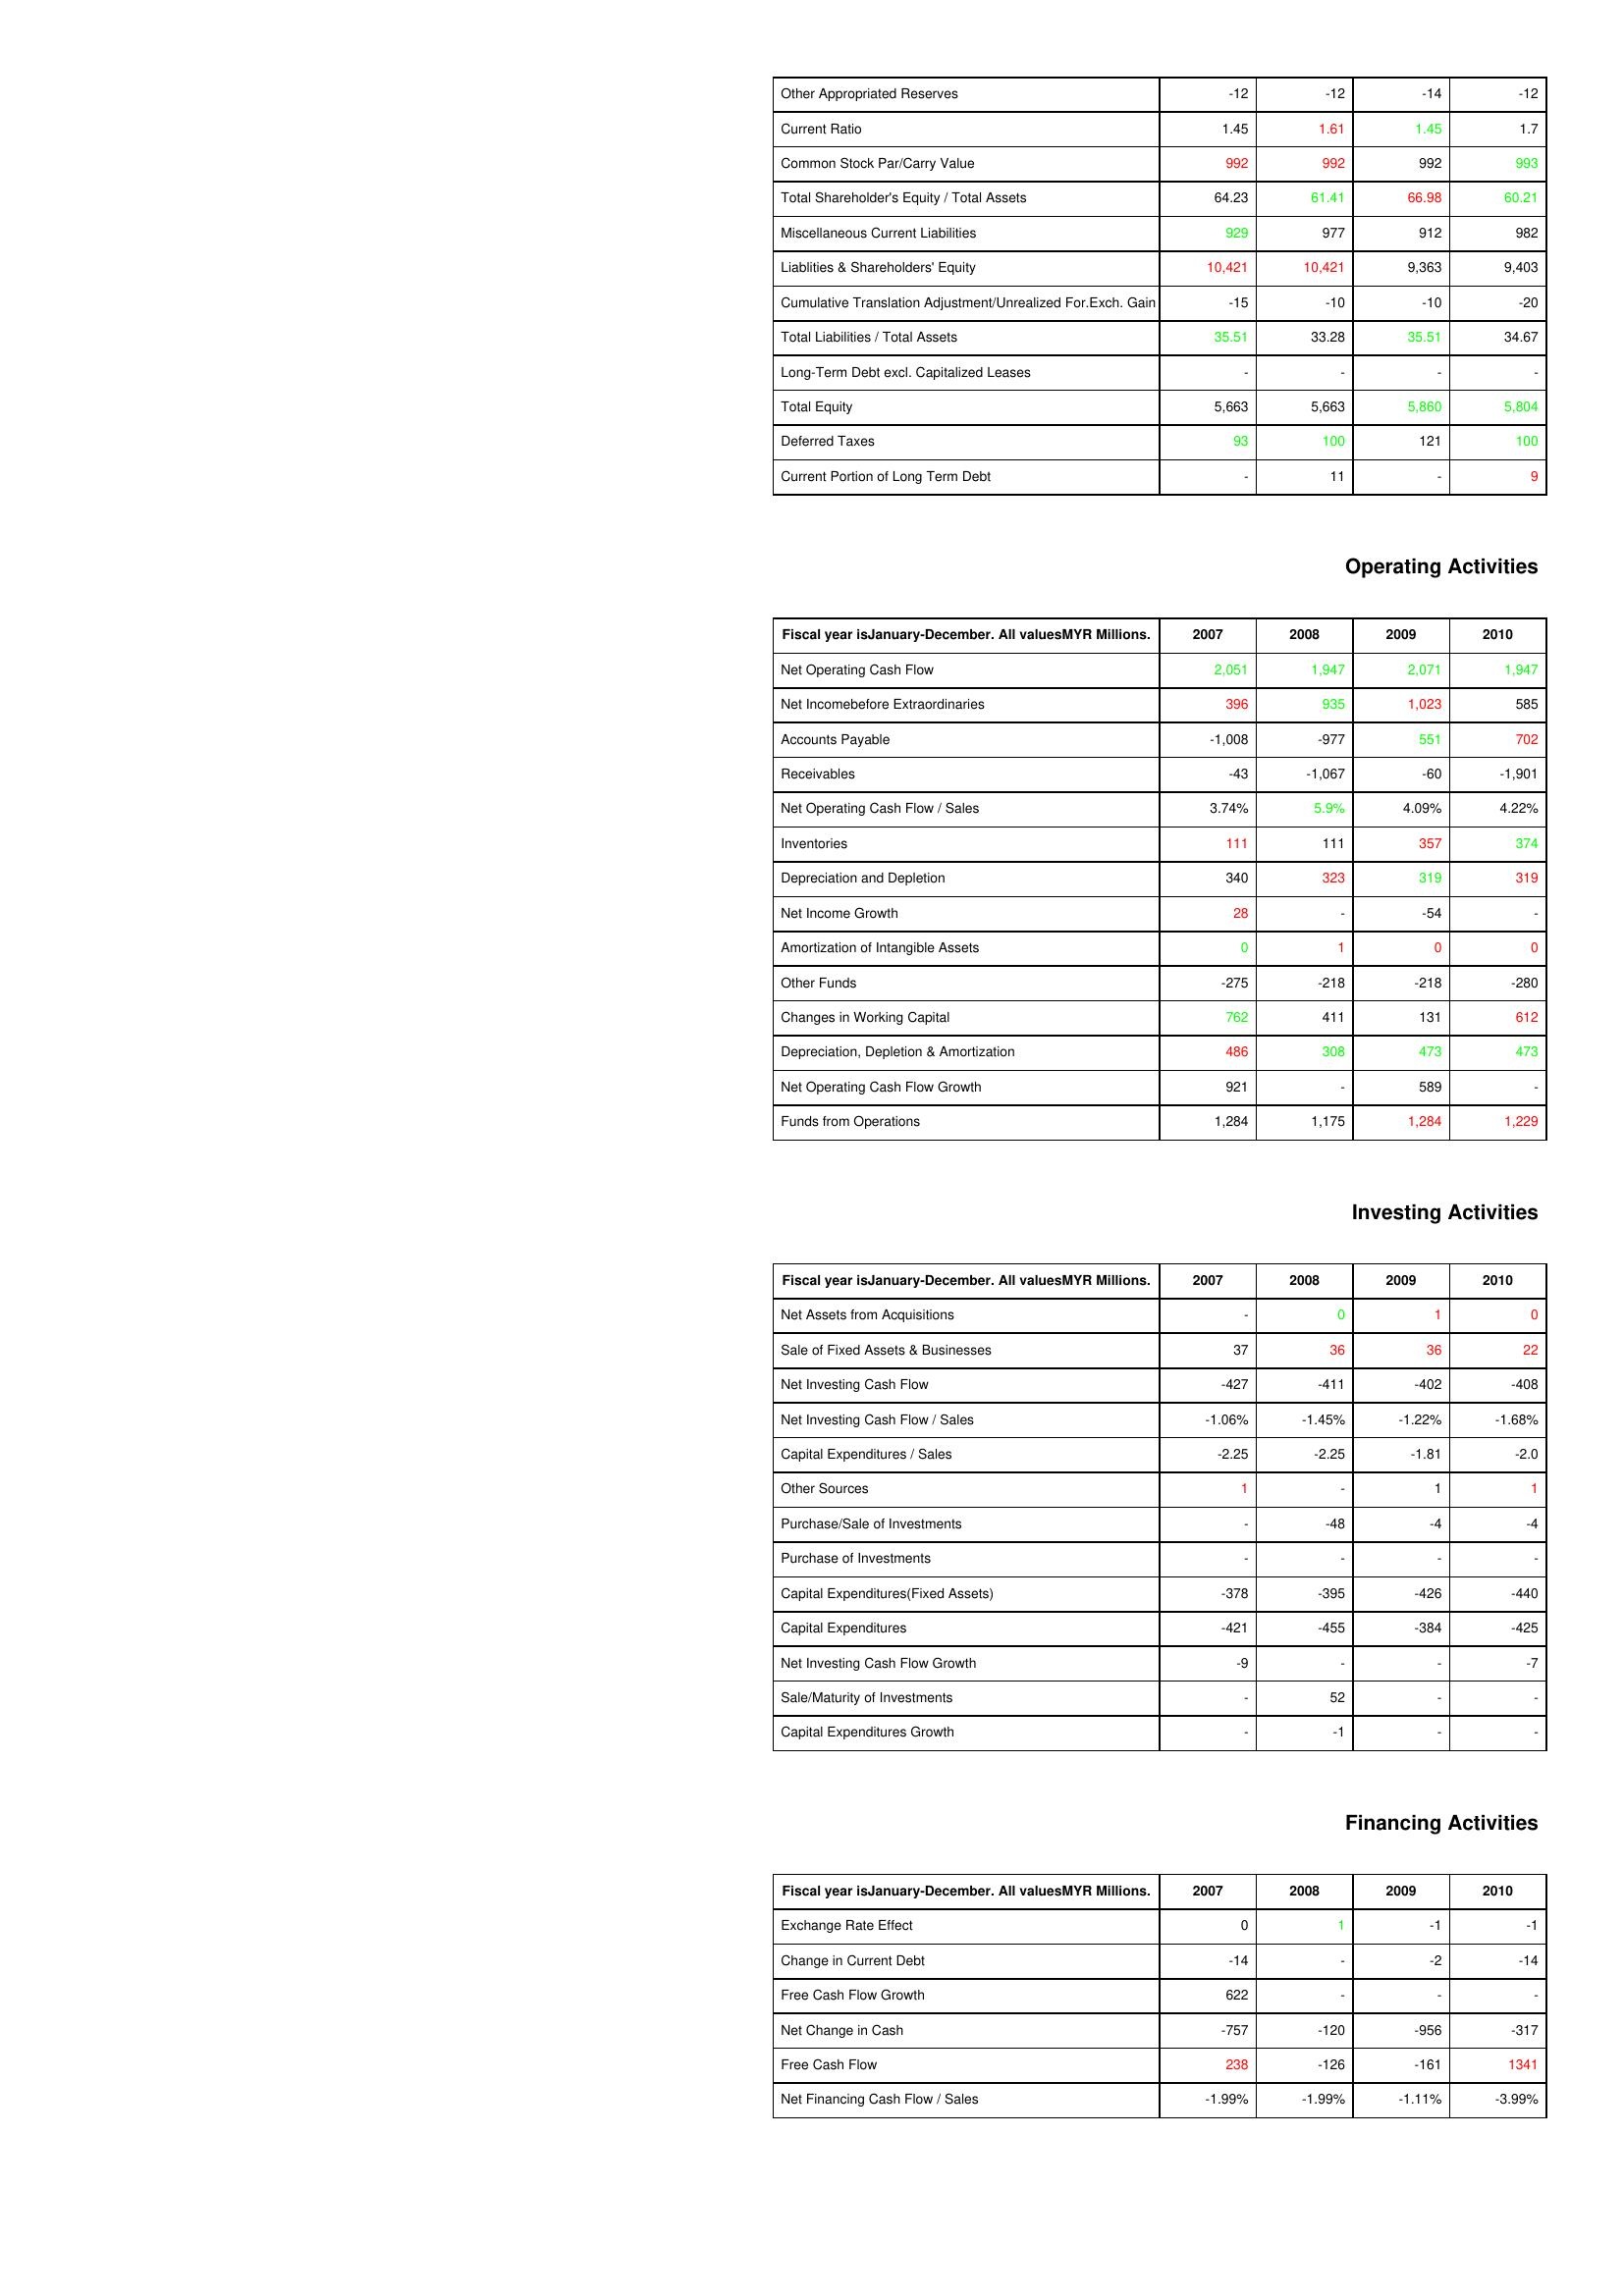
gt_parse: 2007: Liabilities & Shareholder's Equity: Other Appropriated Reserves: -12
Current Ratio: 1.45
Common Stock Par/Carry Value: 992
Total Shareholder's Equity / Total Assets: 64.23
Miscellaneous Current Liabilities: 929
Liablities & Shareholders' Equity: 10,421
Cumulative Translation Adjustment/Unrealized For.Exch. Gain: -15
Total Liabilities / Total Assets: 35.51
Long-Term Debt excl. Capitalized Leases: -
Total Equity: 5,663
Deferred Taxes: 93
Current Portion of Long Term Debt: -
Operating Activities: Net Operating Cash Flow: 2,051
Net Incomebefore Extraordinaries: 396
Accounts Payable: -1,008
Receivables: -43
Net Operating Cash Flow / Sales: 3.74%
Inventories: 111
Depreciation and Depletion: 340
Net Income Growth: 28
Amortization of Intangible Assets: 0
Other Funds: -275
Changes in Working Capital: 762
Depreciation, Depletion & Amortization: 486
Net Operating Cash Flow Growth: 921
Funds from Operations: 1,284
Investing Activities: Net Assets from Acquisitions: -
Sale of Fixed Assets & Businesses: 37
Net Investing Cash Flow: -427
Net Investing Cash Flow / Sales: -1.06%
Capital Expenditures / Sales: -2.25
Other Sources: 1
Purchase/Sale of Investments: -
Purchase of Investments: -
Capital Expenditures(Fixed Assets): -378
Capital Expenditures: -421
Net Investing Cash Flow Growth: -9
Sale/Maturity of Investments: -
Capital Expenditures Growth: -
Financing Activities: Exchange Rate Effect: 0
Change in Current Debt: -14
Free Cash Flow Growth: 622
Net Change in Cash: -757
Free Cash Flow: 238
Net Financing Cash Flow / Sales: -1.99%
2008: Liabilities & Shareholder's Equity: Other Appropriated Reserves: -12
Current Ratio: 1.61
Common Stock Par/Carry Value: 992
Total Shareholder's Equity / Total Assets: 61.41
Miscellaneous Current Liabilities: 977
Liablities & Shareholders' Equity: 10,421
Cumulative Translation Adjustment/Unrealized For.Exch. Gain: -10
Total Liabilities / Total Assets: 33.28
Long-Term Debt excl. Capitalized Leases: -
Total Equity: 5,663
Deferred Taxes: 100
Current Portion of Long Term Debt: 11
Operating Activities: Net Operating Cash Flow: 1,947
Net Incomebefore Extraordinaries: 935
Accounts Payable: -977
Receivables: -1,067
Net Operating Cash Flow / Sales: 5.9%
Inventories: 111
Depreciation and Depletion: 323
Net Income Growth: -
Amortization of Intangible Assets: 1
Other Funds: -218
Changes in Working Capital: 411
Depreciation, Depletion & Amortization: 308
Net Operating Cash Flow Growth: -
Funds from Operations: 1,175
Investing Activities: Net Assets from Acquisitions: 0
Sale of Fixed Assets & Businesses: 36
Net Investing Cash Flow: -411
Net Investing Cash Flow / Sales: -1.45%
Capital Expenditures / Sales: -2.25
Other Sources: -
Purchase/Sale of Investments: -48
Purchase of Investments: -
Capital Expenditures(Fixed Assets): -395
Capital Expenditures: -455
Net Investing Cash Flow Growth: -
Sale/Maturity of Investments: 52
Capital Expenditures Growth: -1
Financing Activities: Exchange Rate Effect: 1
Change in Current Debt: -
Free Cash Flow Growth: -
Net Change in Cash: -120
Free Cash Flow: -126
Net Financing Cash Flow / Sales: -1.99%
2009: Liabilities & Shareholder's Equity: Other Appropriated Reserves: -14
Current Ratio: 1.45
Common Stock Par/Carry Value: 992
Total Shareholder's Equity / Total Assets: 66.98
Miscellaneous Current Liabilities: 912
Liablities & Shareholders' Equity: 9,363
Cumulative Translation Adjustment/Unrealized For.Exch. Gain: -10
Total Liabilities / Total Assets: 35.51
Long-Term Debt excl. Capitalized Leases: -
Total Equity: 5,860
Deferred Taxes: 121
Current Portion of Long Term Debt: -
Operating Activities: Net Operating Cash Flow: 2,071
Net Incomebefore Extraordinaries: 1,023
Accounts Payable: 551
Receivables: -60
Net Operating Cash Flow / Sales: 4.09%
Inventories: 357
Depreciation and Depletion: 319
Net Income Growth: -54
Amortization of Intangible Assets: 0
Other Funds: -218
Changes in Working Capital: 131
Depreciation, Depletion & Amortization: 473
Net Operating Cash Flow Growth: 589
Funds from Operations: 1,284
Investing Activities: Net Assets from Acquisitions: 1
Sale of Fixed Assets & Businesses: 36
Net Investing Cash Flow: -402
Net Investing Cash Flow / Sales: -1.22%
Capital Expenditures / Sales: -1.81
Other Sources: 1
Purchase/Sale of Investments: -4
Purchase of Investments: -
Capital Expenditures(Fixed Assets): -426
Capital Expenditures: -384
Net Investing Cash Flow Growth: -
Sale/Maturity of Investments: -
Capital Expenditures Growth: -
Financing Activities: Exchange Rate Effect: -1
Change in Current Debt: -2
Free Cash Flow Growth: -
Net Change in Cash: -956
Free Cash Flow: -161
Net Financing Cash Flow / Sales: -1.11%
2010: Liabilities & Shareholder's Equity: Other Appropriated Reserves: -12
Current Ratio: 1.7
Common Stock Par/Carry Value: 993
Total Shareholder's Equity / Total Assets: 60.21
Miscellaneous Current Liabilities: 982
Liablities & Shareholders' Equity: 9,403
Cumulative Translation Adjustment/Unrealized For.Exch. Gain: -20
Total Liabilities / Total Assets: 34.67
Long-Term Debt excl. Capitalized Leases: -
Total Equity: 5,804
Deferred Taxes: 100
Current Portion of Long Term Debt: 9
Operating Activities: Net Operating Cash Flow: 1,947
Net Incomebefore Extraordinaries: 585
Accounts Payable: 702
Receivables: -1,901
Net Operating Cash Flow / Sales: 4.22%
Inventories: 374
Depreciation and Depletion: 319
Net Income Growth: -
Amortization of Intangible Assets: 0
Other Funds: -280
Changes in Working Capital: 612
Depreciation, Depletion & Amortization: 473
Net Operating Cash Flow Growth: -
Funds from Operations: 1,229
Investing Activities: Net Assets from Acquisitions: 0
Sale of Fixed Assets & Businesses: 22
Net Investing Cash Flow: -408
Net Investing Cash Flow / Sales: -1.68%
Capital Expenditures / Sales: -2.0
Other Sources: 1
Purchase/Sale of Investments: -4
Purchase of Investments: -
Capital Expenditures(Fixed Assets): -440
Capital Expenditures: -425
Net Investing Cash Flow Growth: -7
Sale/Maturity of Investments: -
Capital Expenditures Growth: -
Financing Activities: Exchange Rate Effect: -1
Change in Current Debt: -14
Free Cash Flow Growth: -
Net Change in Cash: -317
Free Cash Flow: 1341
Net Financing Cash Flow / Sales: -3.99%